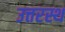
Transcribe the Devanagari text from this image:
उत्तरस्थ